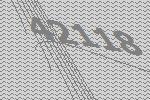
42118